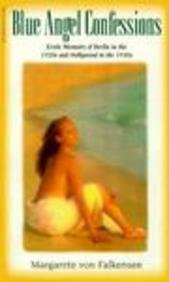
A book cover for Blue Angel Confessions: Erotic Memoirs of Berlin in the 1920's and Hollywood in the 1930's (Victorian erotic classics); Margarete von Falkensee; Romance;